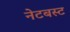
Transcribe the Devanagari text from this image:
नेटबस्ट